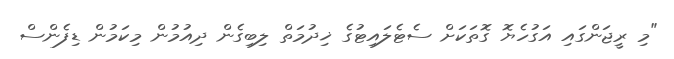
"މި ރީޖަންގައި އަގުހެޔޮ ގޮތަކަށް ސެޓެލައިޓުގެ ޚިދުމަތް ލިބިގެން ދިއުމުން މިކަމުން ޑިފެންސް